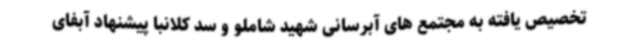
تخصیص یافته به مجتمع های آبرسانی شهید شاملو و سد کلانبا پیشنهاد آبفای